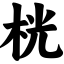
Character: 桄